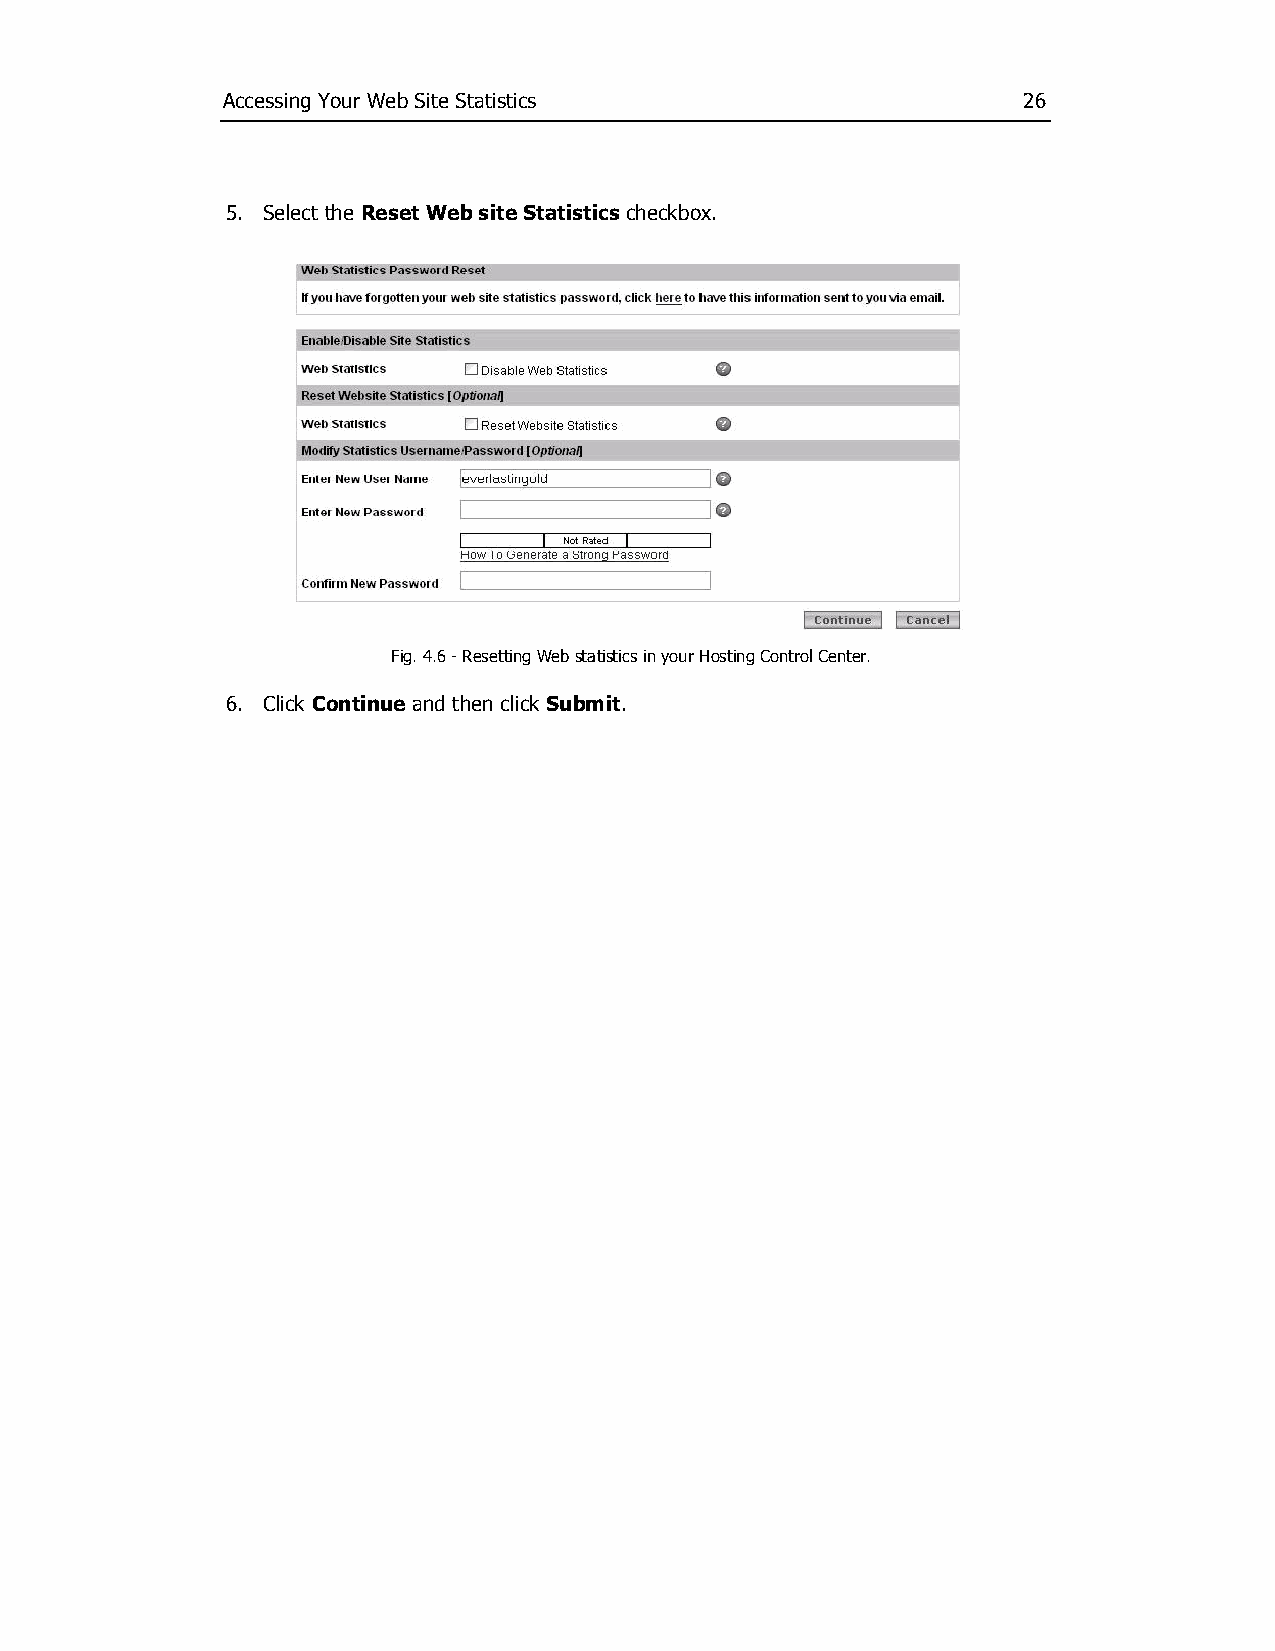
Accessing Your Web Site Statistics                   26
 5. Select the Reset Web site Statistics checkbox.
 Fig. 4.6 ­ Resetting Web statistics in your Hosting Control Center.
 6. Click Continue and then click Submit.